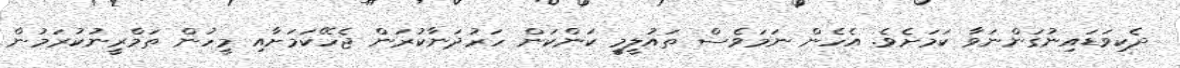
ދެކިވަޑައިނުގަންނަވާ ކަމަށެވެ. އެހެން ނަމަވެސް ތައުލީމީ ކަންކަން ހަރުދަނާކުރަން ޖެހޭކަމަށާއި މީހުން ތަމްރީނުކުރަމުން